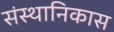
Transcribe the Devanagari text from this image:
संस्थानिकास